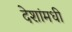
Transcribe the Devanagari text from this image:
देशांमधी